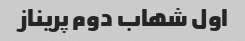
اول شهاب دوم پریناز